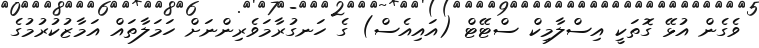
ވެގެން އުޅޭ ގޮތަކީ އިސްލާމިކް ސްޓޭޓް (އައިއެސް) ގެ ހަނގުރާމަވެރިންނަށް ހަމަލާތައް އަމާޒުކުރުމުގެ